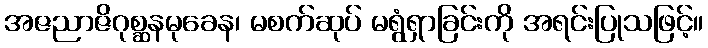
အဇညာဇိဂုစ္ဆနမုခေန၊ မစက်ဆုပ် မရွံရှာခြင်းကို အရင်းပြုသဖြင့်။